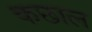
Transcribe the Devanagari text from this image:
कछाल